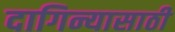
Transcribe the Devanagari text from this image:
दागिन्यासाठी